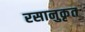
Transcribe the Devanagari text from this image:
रसानुकृत